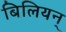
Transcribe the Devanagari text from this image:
बिलियन्